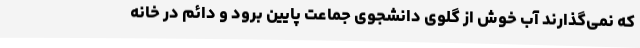
که نمی‌گذارند آب خوش از گلوی دانشجوی جماعت پایین برود و دائم در خانه